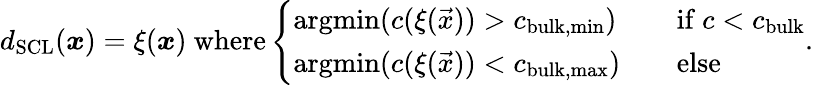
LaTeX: d_{\mathrm{SCL}}(\boldsymbol{x})=\xi(\boldsymbol{x})\ \mathrm{where}\left\{ \begin{array}{ll}{\mathrm{argmin}(c(\xi(\vec{x}))>c_{\mathrm{bulk,min}})}&{\quad\mathrm{if}\ c<c_{\mathrm{bulk}}}\\ {\mathrm{argmin}(c(\xi(\vec{x}))<c_{\mathrm{bulk,max}})}&{\quad\textrm{else}}\end{array}\right..